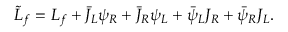
\tilde { L } _ { f } = L _ { f } + \bar { J } _ { L } \psi _ { R } + \bar { J } _ { R } \psi _ { L } + \bar { \psi } _ { L } J _ { R } + \bar { \psi } _ { R } J _ { L } .